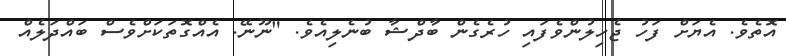
އޮތެވެ. އެޔަށް ފަހު ޖެހިލުންވެފައި ހުރެގެން ބާދްޝާ ބުނެލިއެވެ. "ނޫނޭ. އެއްގޮތަކަށްވެސް ބައްދަލެއް